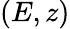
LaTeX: (E,z)